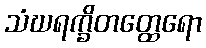
သံဃရက္ခိတတ္ထေရော